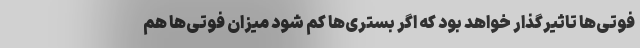
فوتی‌ها تاثیرگذار خواهد بود که اگر بستری‌ها کم شود میزان فوتی‌ها هم